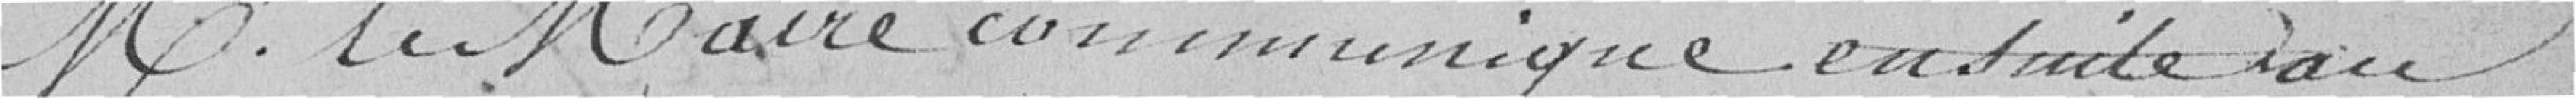
Monsieur le Maire communique ensuite au